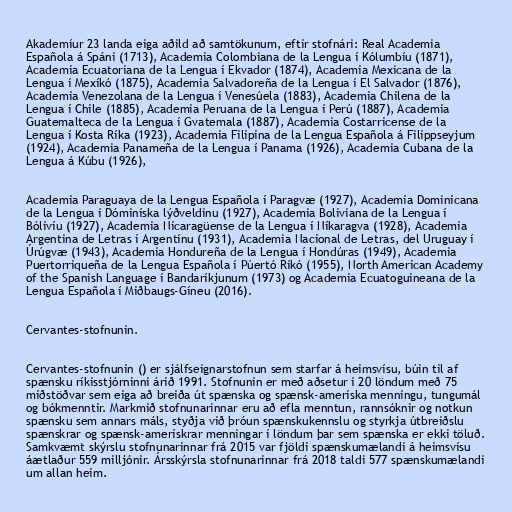
Akademíur 23 landa eiga aðild að samtökunum, eftir stofnári: Real Academia
Española á Spáni (1713), Academia Colombiana de la Lengua í Kólumbíu (1871),
Academia Ecuatoriana de la Lengua í Ekvador (1874), Academia Mexicana de la
Lengua í Mexíkó (1875), Academia Salvadoreña de la Lengua í El Salvador (1876),
Academia Venezolana de la Lengua í Venesúela (1883), Academia Chilena de la
Lengua í Chile (1885), Academia Peruana de la Lengua í Perú (1887), Academia
Guatemalteca de la Lengua í Gvatemala (1887), Academia Costarricense de la
Lengua í Kosta Ríka (1923), Academia Filipina de la Lengua Española á Filippseyjum
(1924), Academia Panameña de la Lengua í Panama (1926), Academia Cubana de la
Lengua á Kúbu (1926),

Academia Paraguaya de la Lengua Española í Paragvæ (1927), Academia Dominicana
de la Lengua í Dóminíska lýðveldinu (1927), Academia Boliviana de la Lengua í
Bólivíu (1927), Academia Nicaragüense de la Lengua í Níkaragva (1928), Academia
Argentina de Letras í Argentínu (1931), Academia Nacional de Letras, del Uruguay í
Úrúgvæ (1943), Academia Hondureña de la Lengua í Hondúras (1949), Academia
Puertorriqueña de la Lengua Española í Púertó Ríkó (1955), North American Academy
of the Spanish Language í Bandaríkjunum (1973) og Academia Ecuatoguineana de la
Lengua Española í Miðbaugs-Gíneu (2016).

Cervantes-stofnunin.

Cervantes-stofnunin () er sjálfseignarstofnun sem starfar á heimsvísu, búin til af
spænsku ríkisstjórninni árið 1991. Stofnunin er með aðsetur í 20 löndum með 75
miðstöðvar sem eiga að breiða út spænska og spænsk-ameríska menningu, tungumál
og bókmenntir. Markmið stofnunarinnar eru að efla menntun, rannsóknir og notkun
spænsku sem annars máls, styðja við þróun spænskukennslu og styrkja útbreiðslu
spænskrar og spænsk-amerískrar menningar í löndum þar sem spænska er ekki töluð.
Samkvæmt skýrslu stofnunarinnar frá 2015 var fjöldi spænskumælandi á heimsvísu
áætlaður 559 milljónir. Ársskýrsla stofnunarinnar frá 2018 taldi 577 spænskumælandi
um allan heim.